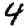
Digit: 4